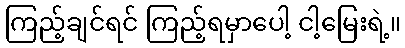
ကြည့်ချင်ရင် ကြည့်ရမှာပေါ့ ငါ့မြေးရဲ့။